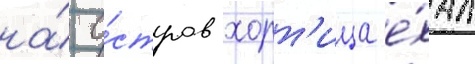
на́ о́стров хорт'ица е́хал